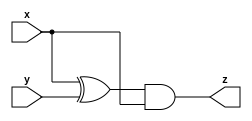
// Statement
// Taken from 2015 midterm question 4

// Module A is supposed to implement the function z = (x^y) & x. Implement this module.

// Solution
module top_module (input x, input y, output z);
    assign z = (x^y) & x;
endmodule